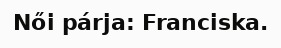
Női párja: Franciska.